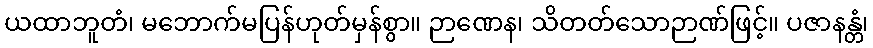
ယထာဘူတံ၊ မဘောက်မပြန်ဟုတ်မှန်စွာ။ ဉာဏေန၊ သိတတ်သောဉာဏ်ဖြင့်။ ပဇာနန္တံ၊